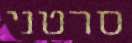
סרטני